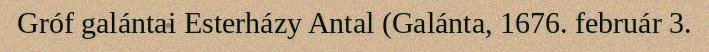
Gróf galántai Esterházy Antal (Galánta, 1676. február 3.